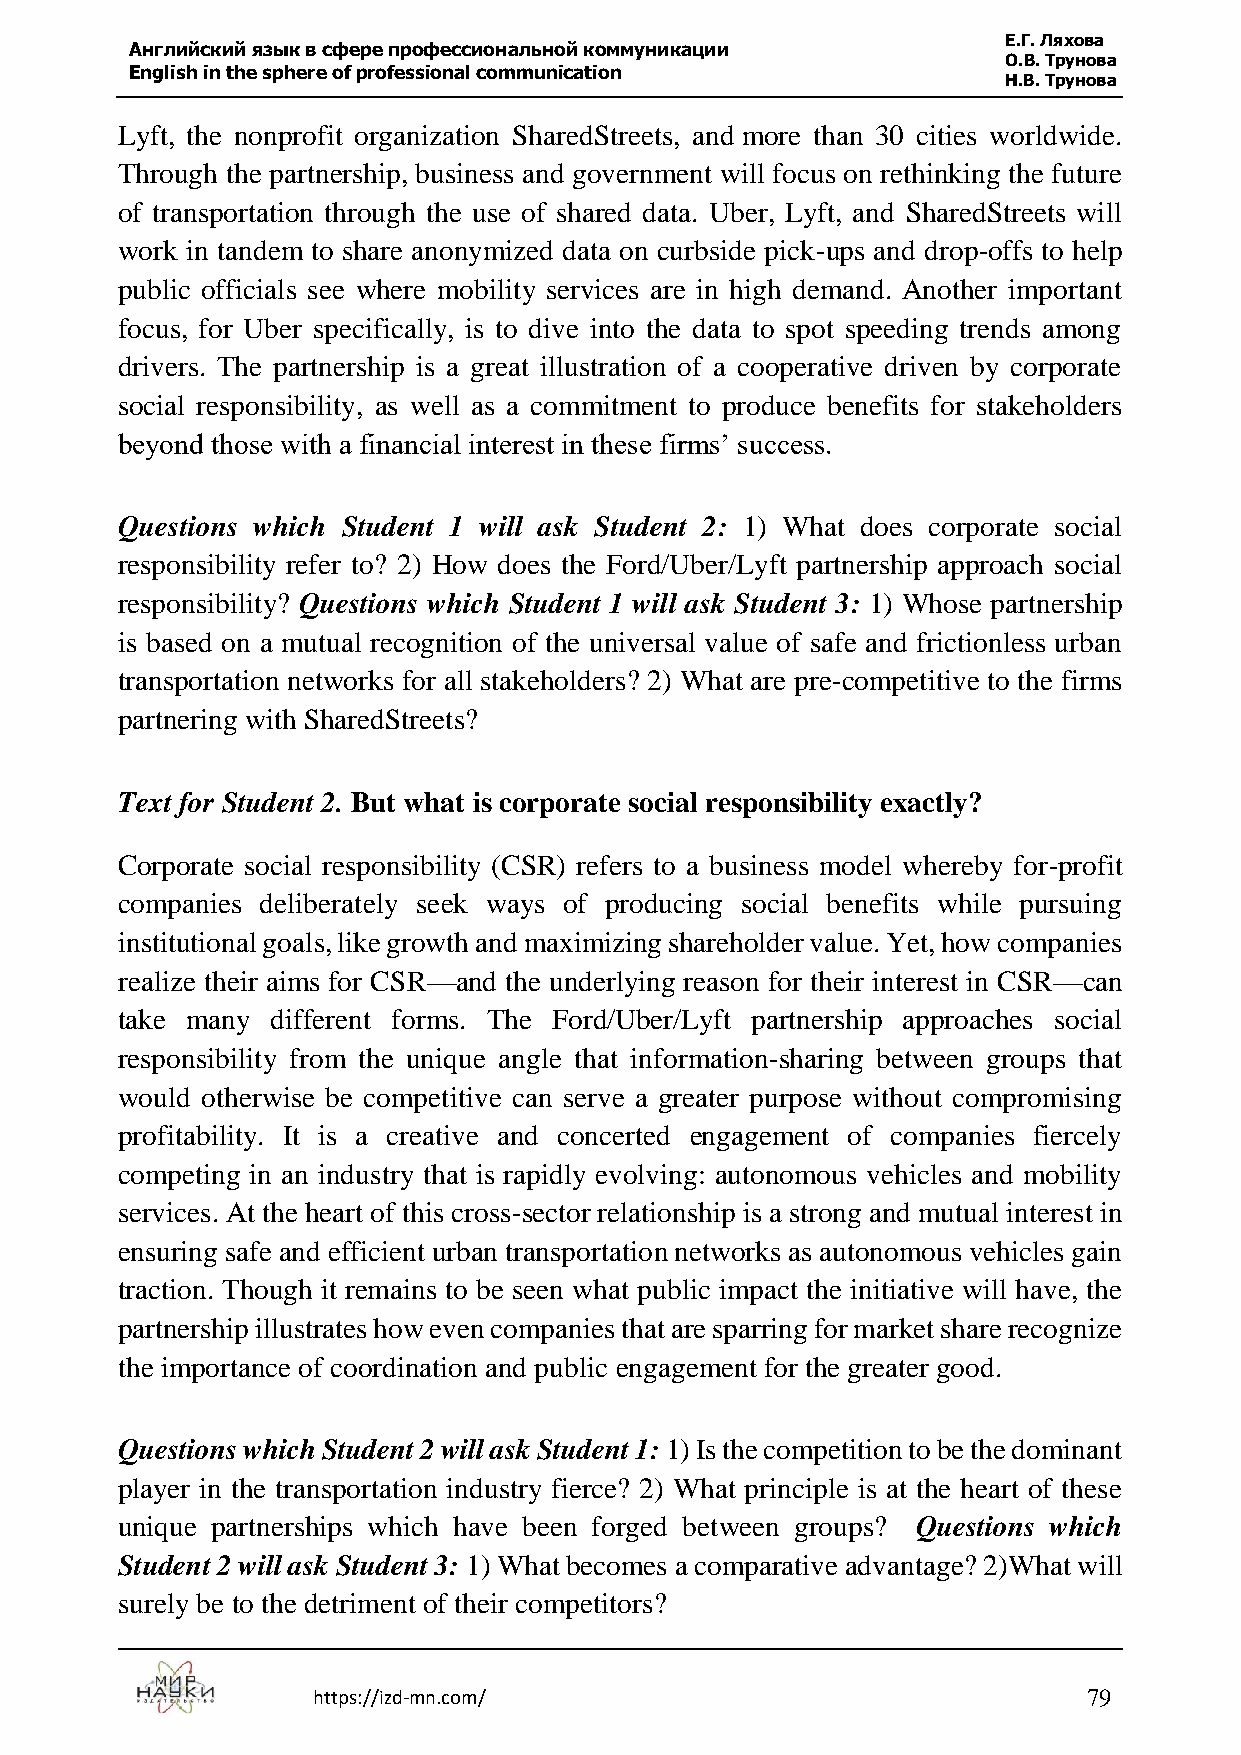
Е.Г. Ляхова
 Английский язык в сфере профессиональной коммуникации
 О.В. Трунова
 English in the sphere of professional communication
 Н.В. Трунова
 Lyft, the nonprofit organization SharedStreets, and more than 30 cities worldwide.
 Through the partnership, business and government will focus on rethinking the future
 of transportation through the use of shared data. Uber, Lyft, and SharedStreets will
 work in tandem to share anonymized data on curbside pick-ups and drop-offs to help
 public officials see where mobility services are in high demand. Another important
 focus, for Uber specifically, is to dive into the data to spot speeding trends among
 drivers. The partnership is a great illustration of a cooperative driven by corporate
 social responsibility, as well as a commitment to produce benefits for stakeholders
 beyond those with a financial interest in these firms’ success.
 Questions which Student 1 will ask Student 2: 1) What does corporate social
 responsibility refer to? 2) How does the Ford/Uber/Lyft partnership approach social
 responsibility? Questions which Student 1 will ask Student 3: 1) Whose partnership
 is based on a mutual recognition of the universal value of safe and frictionless urban
 transportation networks for all stakeholders? 2) What are pre-competitive to the firms
 partnering with SharedStreets?
 Text for Student 2. But what is corporate social responsibility exactly?
 Corporate social responsibility (CSR) refers to a business model whereby for-profit
 companies deliberately seek ways of producing social benefits while pursuing
 institutional goals, like growth and maximizing shareholder value. Yet, how companies
 realize their aims for CSR—and the underlying reason for their interest in CSR—can
 take many different forms. The Ford/Uber/Lyft partnership approaches social
 responsibility from the unique angle that information-sharing between groups that
 would otherwise be competitive can serve a greater purpose without compromising
 profitability. It is a creative and concerted engagement of companies fiercely
 competing in an industry that is rapidly evolving: autonomous vehicles and mobility
 services. At the heart of this cross-sector relationship is a strong and mutual interest in
 ensuring safe and efficient urban transportation networks as autonomous vehicles gain
 traction. Though it remains to be seen what public impact the initiative will have, the
 partnership illustrates how even companies that are sparring for market share recognize
 the importance of coordination and public engagement for the greater good.
 Questions which Student 2 will ask Student 1: 1) Is the competition to be the dominant
 player in the transportation industry fierce? 2) What principle is at the heart of these
 unique partnerships which have been forged between groups? Questions which
 Student 2 will ask Student 3: 1) What becomes a comparative advantage? 2)What will
 surely be to the detriment of their competitors?
 https://izd-mn.com/                                79